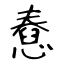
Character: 憃